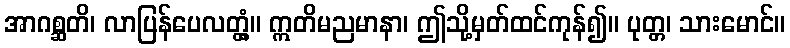
အာဂစ္ဆတိ၊ လာပြန်ပေလတ္တံ့။ ဣတိမညမာနာ၊ ဤသို့မှတ်ထင်ကုန်၍။ ပုတ္တ၊ သားမောင်။